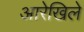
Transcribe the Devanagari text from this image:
आरेखिले